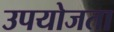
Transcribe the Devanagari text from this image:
उपयोजता